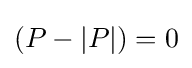
(P-|P|)=0